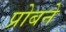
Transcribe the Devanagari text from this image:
प्रोबने